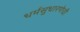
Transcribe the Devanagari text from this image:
धर्मसुधारणेची